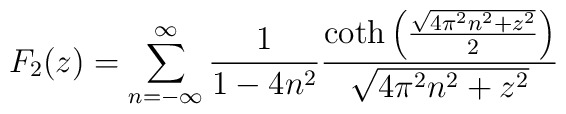
F _2 (z) = \sum _{n=-\infty} ^{\infty} \frac{1}{1-4 n ^2} \frac{\coth \left( \frac{\sqrt{4 \pi ^2 n ^2 + z ^2}}{2}  \right)}{\sqrt{4 \pi ^2 n ^2 + z ^2}}